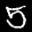
Label: 5